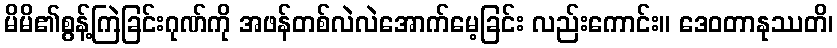
မိမိ၏စွန့်ကြဲခြင်းဂုဏ်ကို အဖန်တစ်လဲလဲအောက်မေ့ခြင်း လည်းကောင်း။ ဒေဝတာနုဿတိ၊